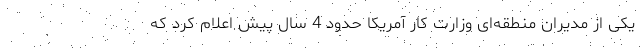
یکی از مدیران منطقه‌ای وزارت کار آمریکا حدود 4 سال پیش اعلام کرد که